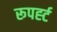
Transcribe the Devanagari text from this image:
रूपर्ह्ट